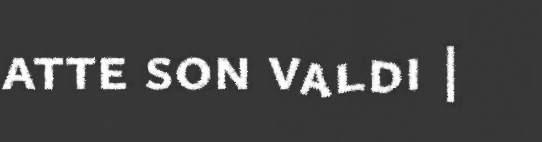
atte son valdi |